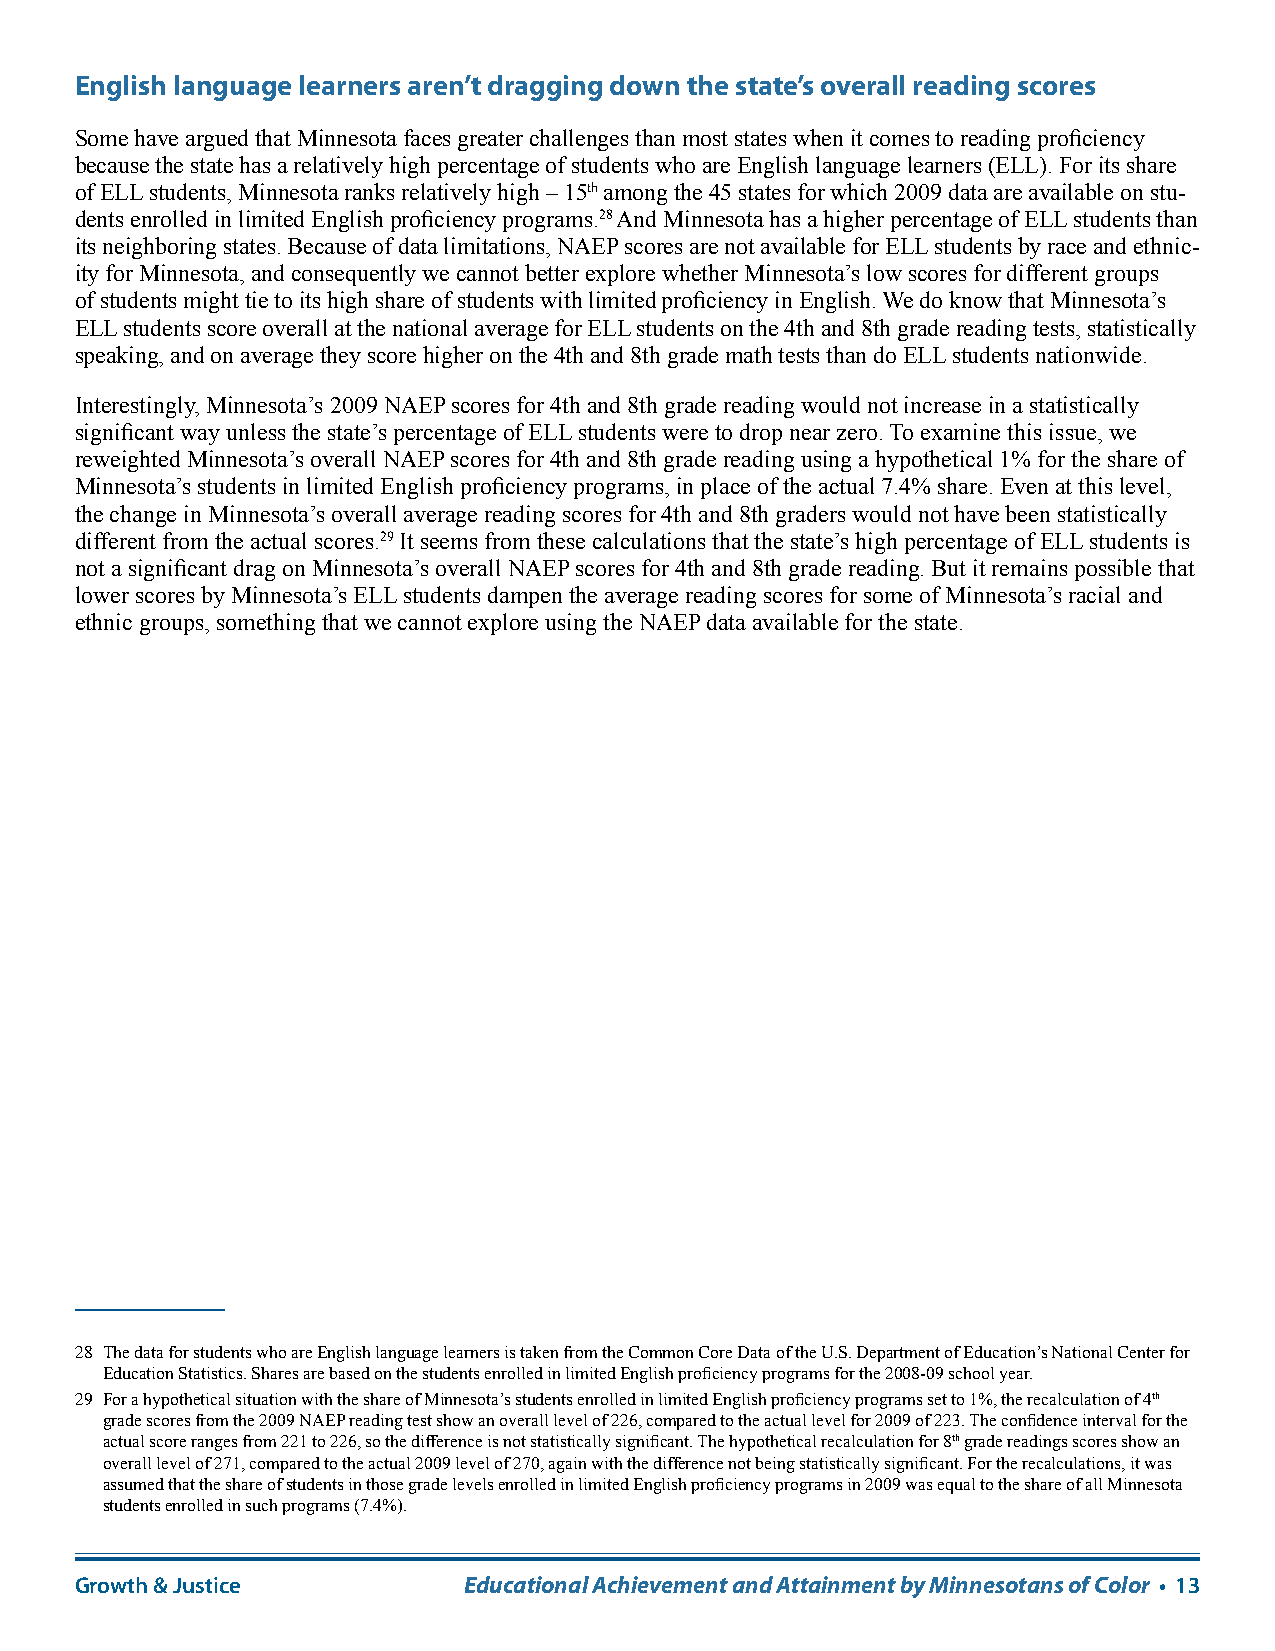
English language learners aren’t dragging down the state’s overall reading scores
 Some have argued that Minnesota faces greater challenges than most states when it comes to reading proficiency
 because the state has a relatively high percentage of students who are English language learners (ELL). For its share
 of ELL students, Minnesota ranks relatively high – 15th among the 45 states for which 2009 data are available on stu-
 dents enrolled in limited English proficiency programs.28 And Minnesota has a higher percentage of ELL students than
 its neighboring states. Because of data limitations, NAEP scores are not available for ELL students by race and ethnic-
 ity for Minnesota, and consequently we cannot better explore whether Minnesota’s low scores for different groups
 of students might tie to its high share of students with limited proficiency in English. We do know that Minnesota’s
 ELL students score overall at the national average for ELL students on the 4th and 8th grade reading tests, statistically
 speaking, and on average they score higher on the 4th and 8th grade math tests than do ELL students nationwide.
 Interestingly, Minnesota’s 2009 NAEP scores for 4th and 8th grade reading would not increase in a statistically
 significant way unless the state’s percentage of ELL students were to drop near zero. To examine this issue, we
 reweighted Minnesota’s overall NAEP scores for 4th and 8th grade reading using a hypothetical 1% for the share of
 Minnesota’s students in limited English proficiency programs, in place of the actual 7.4% share. Even at this level,
 the change in Minnesota’s overall average reading scores for 4th and 8th graders would not have been statistically
 different from the actual scores.29 It seems from these calculations that the state’s high percentage of ELL students is
 not a significant drag on Minnesota’s overall NAEP scores for 4th and 8th grade reading. But it remains possible that
 lower scores by Minnesota’s ELL students dampen the average reading scores for some of Minnesota’s racial and
 ethnic groups, something that we cannot explore using the NAEP data available for the state.
 28 The data for students who are English language learners is taken from the Common Core Data of the U.S. Department of Education’s National Center for
 Education Statistics. Shares are based on the students enrolled in limited English proficiency programs for the 2008-09 school year.
 29 For a hypothetical situation with the share of Minnesota’s students enrolled in limited English proficiency programs set to 1%, the recalculation of 4th
 grade scores from the 2009 NAEP reading test show an overall level of 226, compared to the actual level for 2009 of 223. The confidence interval for the
 actual score ranges from 221 to 226, so the difference is not statistically significant. The hypothetical recalculation for 8th grade readings scores show an
 overall level of 271, compared to the actual 2009 level of 270, again with the difference not being statistically significant. For the recalculations, it was
 assumed that the share of students in those grade levels enrolled in limited English proficiency programs in 2009 was equal to the share of all Minnesota
 students enrolled in such programs (7.4%).
 Growth & Justice          Educational Achievement and Attainment by Minnesotans of Color • 13